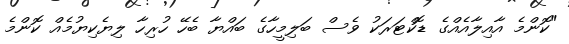
"ކޮންމެ އާއިލާއެއްގެ ޑޮކްޓަރަކު ވެސް ބަލިމީހާގެ ބައްޔާ ބެހޭ ހުރިހާ ލިޔެކިޔުމެއް ކޮންމެ